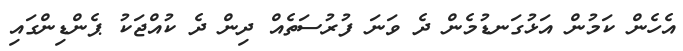
އެހެން ކަމުން އަޅުގަނޑުމެން ދެ ވަނަ ފުރުސަތެއް ދިން ދެ ކުއްޖަކު ޕެންޑިންގައި